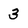
Character: 3